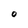
Character: O